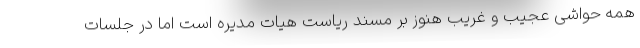
همه حواشی عجیب و غریب هنوز بر مسند ریاست هیات مدیره است اما در جلسات